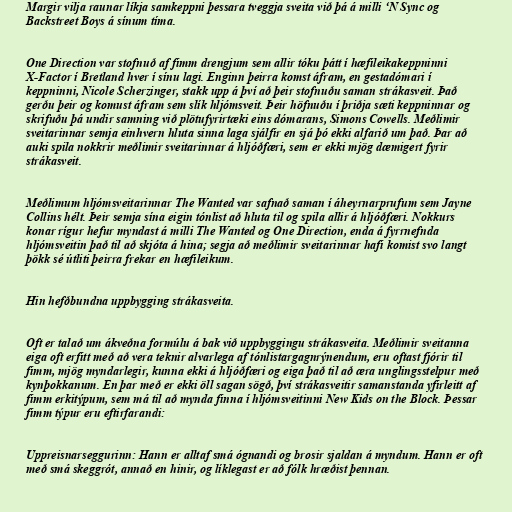
Margir vilja raunar líkja samkeppni þessara tveggja sveita við þá á milli ‘N Sync og
Backstreet Boys á sínum tíma.

One Direction var stofnuð af fimm drengjum sem allir tóku þátt í hæfileikakeppninni
X-Factor í Bretland hver í sínu lagi. Enginn þeirra komst áfram, en gestadómari í
keppninni, Nicole Scherzinger, stakk upp á því að þeir stofnuðu saman strákasveit. Það
gerðu þeir og komust áfram sem slík hljómsveit. Þeir höfnuðu í þriðja sæti keppninnar og
skrifuðu þá undir samning við plötufyrirtæki eins dómarans, Simons Cowells. Meðlimir
sveitarinnar semja einhvern hluta sinna laga sjálfir en sjá þó ekki alfarið um það. Þar að
auki spila nokkrir meðlimir sveitarinnar á hljóðfæri, sem er ekki mjög dæmigert fyrir
strákasveit.

Meðlimum hljómsveitarinnar The Wanted var safnað saman í áheyrnarprufum sem Jayne
Collins hélt. Þeir semja sína eigin tónlist að hluta til og spila allir á hljóðfæri. Nokkurs
konar rígur hefur myndast á milli The Wanted og One Direction, enda á fyrrnefnda
hljómsveitin það til að skjóta á hina; segja að meðlimir sveitarinnar hafi komist svo langt
þökk sé útliti þeirra frekar en hæfileikum.

Hin hefðbundna uppbygging strákasveita.

Oft er talað um ákveðna formúlu á bak við uppbyggingu strákasveita. Meðlimir sveitanna
eiga oft erfitt með að vera teknir alvarlega af tónlistargagnrýnendum, eru oftast fjórir til
fimm, mjög myndarlegir, kunna ekki á hljóðfæri og eiga það til að æra unglingsstelpur með
kynþokkanum. En þar með er ekki öll sagan sögð, því strákasveitir samanstanda yfirleitt af
fimm erkitýpum, sem má til að mynda finna í hljómsveitinni New Kids on the Block. Þessar
fimm týpur eru eftirfarandi:

Uppreisnarseggurinn: Hann er alltaf smá ógnandi og brosir sjaldan á myndum. Hann er oft
með smá skeggrót, annað en hinir, og líklegast er að fólk hræðist þennan.